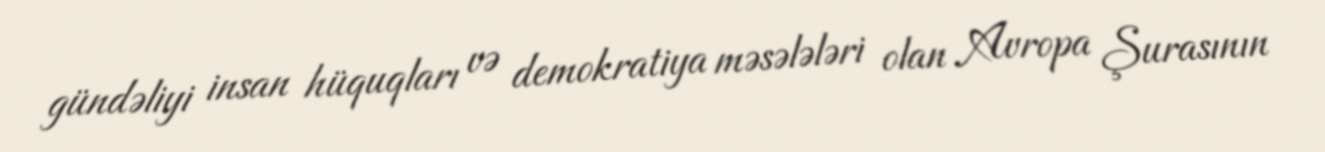
gündəliyi insan hüquqları və demokratiya məsələləri olan Avropa Şurasının